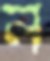
ন